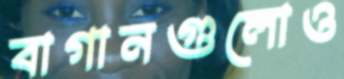
বাগানগুলোও